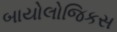
બાયોલોજિકસ